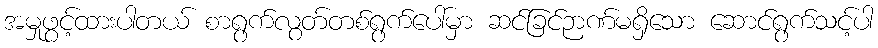
အမှုဖွင့်ထားပါတယ် စာရွက်လွတ်တစ်ရွက်ပေါ်မှာ ဆင်ခြင်ဉာဏ်မရှိသော ဆောင်ရွက်သင့်ပါ